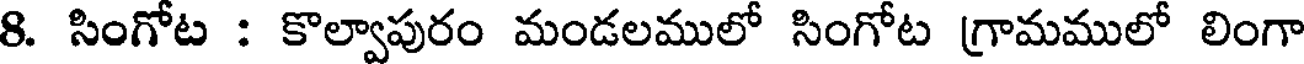
8. సింగోట : కొల్వాపురం మండలములో సింగోట గ్రామములో లింగా